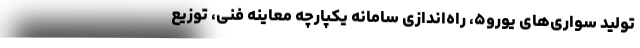
تولید سواری‌های یورو۵، راه‌اندازی سامانه یکپارچه معاینه فنی، توزیع